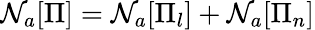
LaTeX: \mathcal{N}_{a}[\Pi]=\mathcal{N}_{a}[\Pi_{l}]+\mathcal{N}_{a}[\Pi_{n}]